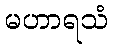
မဟာရသံ